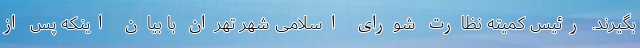
بگیرند. رئیس کمیته نظارت شورای اسلامی شهر تهران با بیان اینکه پس از